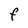
Character: F